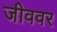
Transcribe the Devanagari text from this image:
जीववर